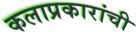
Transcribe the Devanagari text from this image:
कलाप्रकारांची